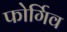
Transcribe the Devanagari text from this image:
फोर्गिव